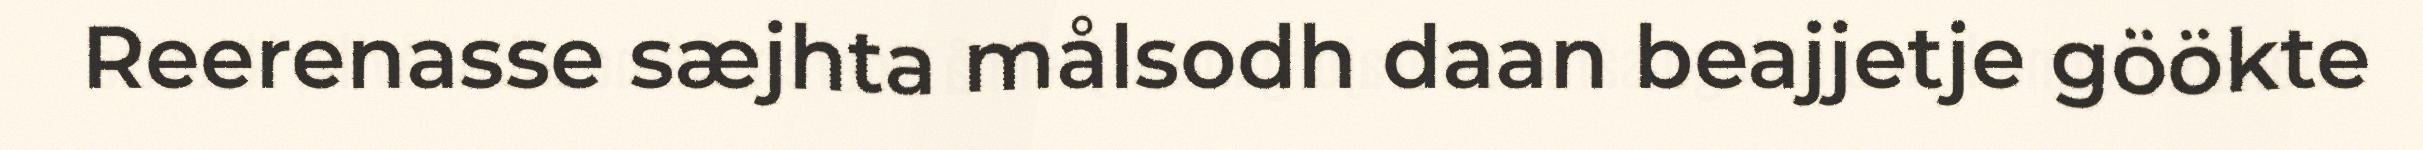
Reerenasse sæjhta målsodh daan beajjetje göökte